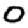
Digit: 0